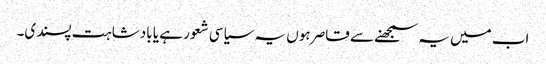
اب میں یہ سمجھنے سے قاصر ہوں یہ سیاسی شعور ہے یا بادشاہت پسندی۔